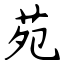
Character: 苑